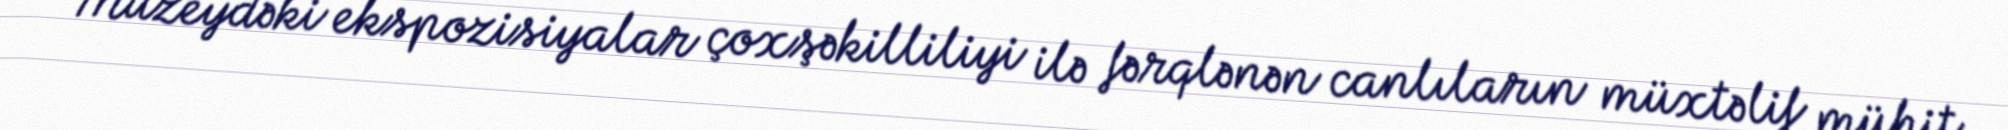
Muzeydəki ekspozisiyalar çoxşəkilliliyi ilə fərqlənən canlıların müxtəlif mühit